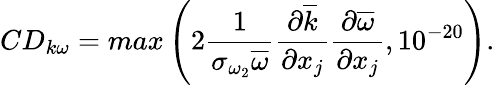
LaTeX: CD_{k\omega}=max\left(2\frac{1}{\sigma_{\omega_{2}}\overline{{\omega}}}\frac{\partial\overline{{k}}}{\partial x_{j}}\frac{\partial\overline{{\omega}}}{\partial x_{j}},10^{-20}\right).